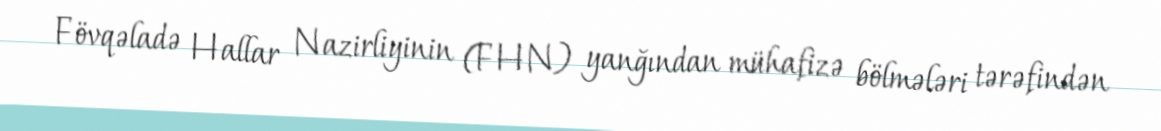
Fövqəladə Hallar Nazirliyinin (FHN) yanğından mühafizə bölmələri tərəfindən